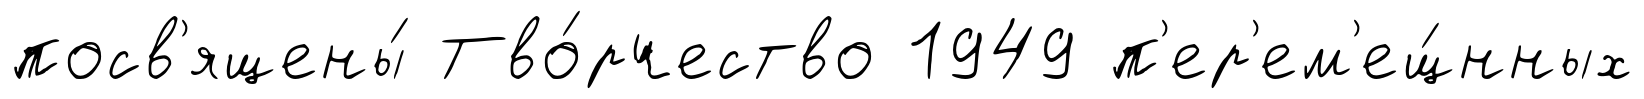
посв'ящены́ Тво́рчество 1949 п'ер'ем'ещ́нных